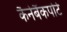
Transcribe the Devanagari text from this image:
कैनेबैंकपोर्ट